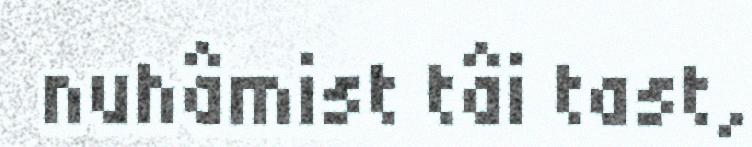
nuhâmist tâi tast,